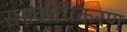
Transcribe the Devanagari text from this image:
समवायिकरण